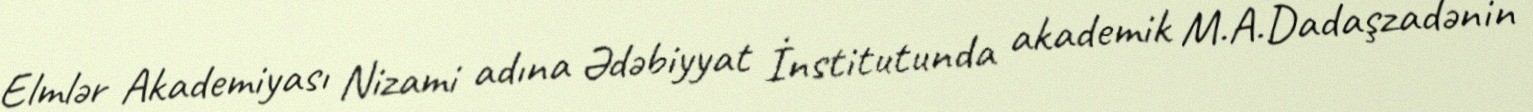
Elmlər Akademiyası Nizami adına Ədəbiyyat İnstitutunda akademik M.A.Dadaşzadənin